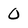
Character: 0